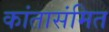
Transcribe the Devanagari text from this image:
कांतासंमित